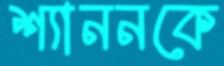
শ্যাননকে